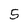
Character: 5